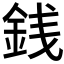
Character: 銭